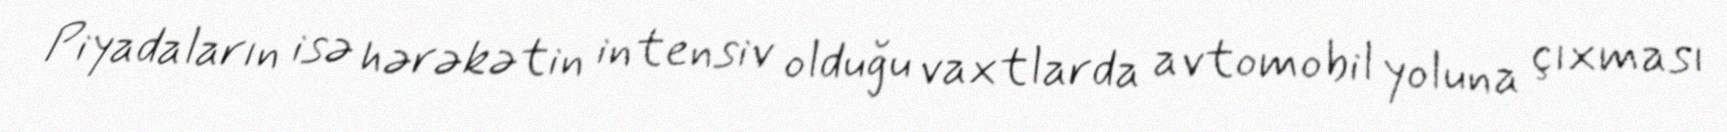
Piyadaların isə hərəkətin intensiv olduğu vaxtlarda avtomobil yoluna çıxması